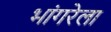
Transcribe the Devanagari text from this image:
भांगरेला